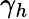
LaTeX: \gamma_{h}